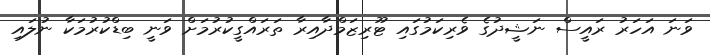
ވަނަ އަހަރު ރައީސް ނަޝީދުގެ ވެރިކަމުގައި ޓޫރިޒަމްދާއިރާ ތަރައްގީކުރުމަށް ވަނީ ބިޑްކުރުމަކާ ނުލައި